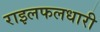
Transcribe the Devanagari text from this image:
राइलफलधारी